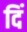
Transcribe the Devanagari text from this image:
दिं